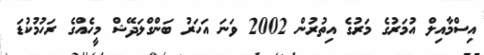
އިސްމާއިލް އުމަރުގެ މަރުގެ އިތުރުން 2002 ވަނަ އަހަރު ބަންގްލަދޭޝް މީހެއްގެ ރަހުމުކުޑަ